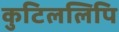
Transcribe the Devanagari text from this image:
कुटिललिपि